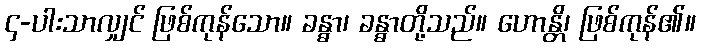
၄-ပါးသာလျှင် ဖြစ်ကုန်သော။ ခန္ဓာ၊ ခန္ဓာတို့သည်။ ဟောန္တိ၊ ဖြစ်ကုန်၏။